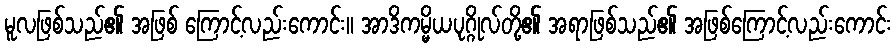
မူလဖြစ်သည်၏ အဖြစ် ကြောင့်လည်းကောင်း။ အာဒိကမ္မိယပုဂ္ဂိုလ်တို့၏ အရာဖြစ်သည်၏ အဖြစ်ကြောင့်လည်းကောင်း